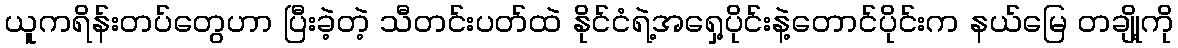
ယူကရိန်းတပ်တွေဟာ ပြီးခဲ့တဲ့ သီတင်းပတ်ထဲ နိုင်ငံရဲ့အရှေ့ပိုင်းနဲ့တောင်ပိုင်းက နယ်မြေ တချို့ကို